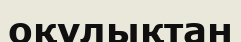
оқулықтан